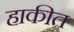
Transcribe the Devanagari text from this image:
हाकीत